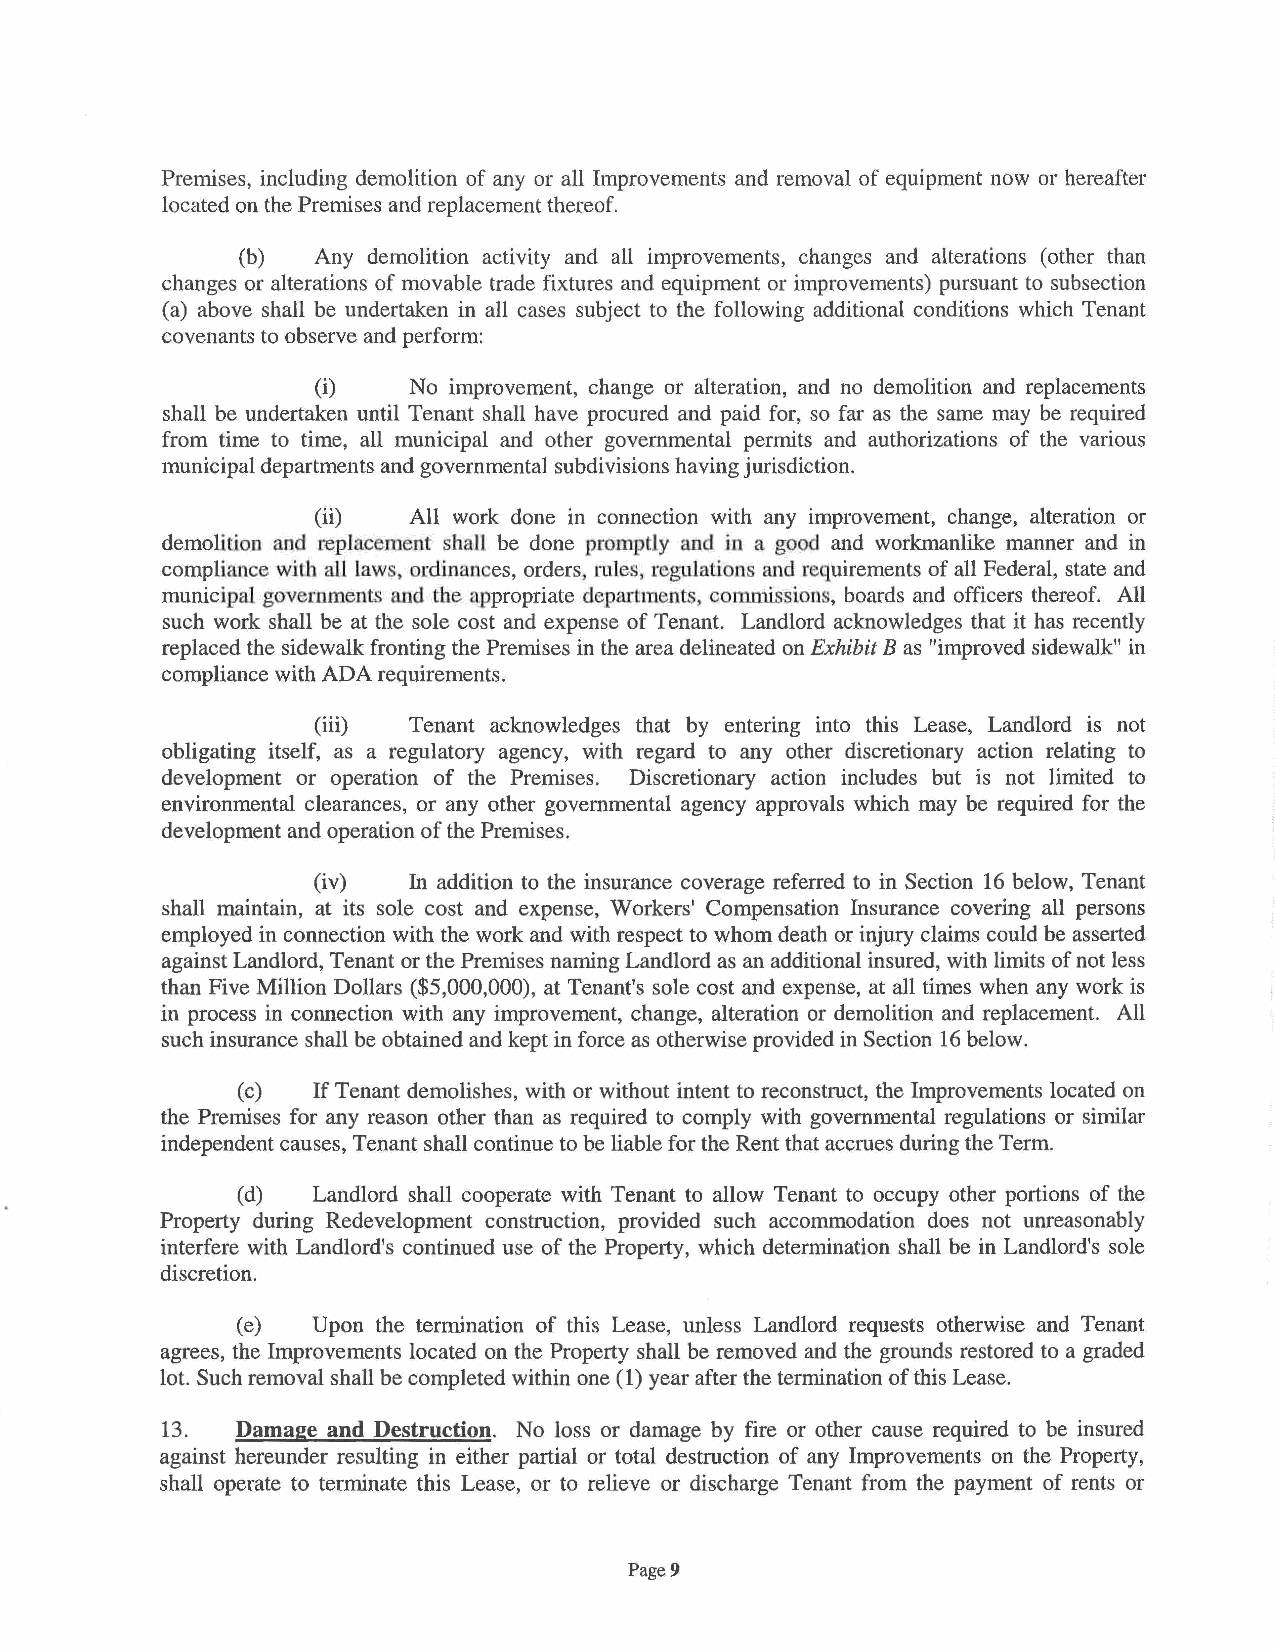
Premises, including demolition of any or all Improvements and removal of equipment now or hereafter
 located on the Premises and replacement thereof.
 (b)  Any demolition activity and all improvements, changes and alterations ( other than
 changes or alterations of movable trade fixtures and equipment or improvements) pursuant to subsection
 (a) above shall be undertaken in all cases subject to the following additional conditions which Tenant
 covenants to observe and perform:
 (i)   No improvement, change or alteration, and no demolition and replacements
 shall be undertaken until Tenant shall have procured and paid for, so far as the same may be required
 from time to time, all municipal and other governmental permits and authorizations of the various
 municipal departments and governmental subdivisions having jurisdiction.
 (ii)  All work done in connection with any improvement, change, alteration or
 demolition and replacement shall be done promptly and in a good and workmanlike manner and in
 compliance wilb all laws, ordinances, orders, rules, regulations and requirements of all Federal, state and
 municipal governments and the appropriate departments, commissions, boards and officers thereof. All
 such work shall be at the sole cost and expense of Tenant. Landlord acknowledges that it has recently
 replaced the sidewalk fronting the Premises in the area delineated on Exhibit B as "improved sidewalk" in
 compliance with ADA requirements.
 (iii) Tenant acknowledges that by entering into this Lease, Landlord is not
 obligating itself, as a regulatory agency, with regard to any other discretionary action relating to
 development or operation of the Premises. Discretionary action includes but is not limited to
 environmental clearances, or any other governmental agency approvals which may be required for the
 development and operation of the Premises.
 (iv)  In addition to the insurance coverage referred to in Section 16 below, Tenant
 shall maintain, at its sole cost and expense, Workers' Compensation Insurance covering all persons
 employed in connection with the work and with respect to whom death or injury claims could be asserted
 against Landlord, Tenant or the Premises naming Landlord as an additional insured, with limits of not less
 than Five Million Dollars ($5,000,000), at Tenant's sole cost and expense, at all times when any work is
 in process in connection with any improvement, change, alteration or demolition and replacement. All
 such insurance shall be obtained and kept in force as otherwise provided in Section 16 below.
 (c)  If Tenant demolishes, with or without intent to reconstruct, the Improvements located on
 the Premises for any reason other than as required to comply with governmental regulations or similar
 independent causes, Tenant shall continue to be liable for the Rent that accrues during the Term.
 (d)  Landlord shall cooperate with Tenant to allow Tenant to occupy other portions of the
 Property during Redevelopment construction, provided such accommodation does not unreasonably
 interfere with Landlord's continued use of the Property, which determination shall be in Landlord's sole
 discretion.
 (e)  Upon the termination of this Lease, unless Landlord requests otherwise and Tenant
 agrees, the Improvements located on the Property shall be removed and the grounds restored to a graded
 lot. Such removal shall be completed within one ( 1) year after the termination of this Lease.
 13.  Damage and Destruction. No loss or damage by fire or other cause required to be insured
 against hereunder resulting in either partial or total destruction of any Improvements on the Property,
 shall operate to terminate this Lease, or to relieve or discharge Tenant from the payment of rents or
 Page 9